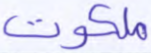
ملكوت